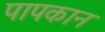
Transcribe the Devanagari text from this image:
पापकान